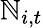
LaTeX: \mathbb{N}_{i,t}